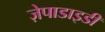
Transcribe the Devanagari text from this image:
ज़ेपाडाइडी